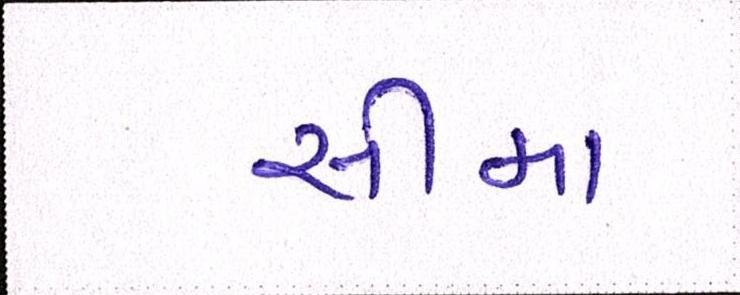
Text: સીમા